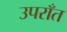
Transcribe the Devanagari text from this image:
उपराँत